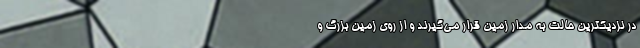
در نزدیکترین حالت به مدار زمین قرار می‌گیرند و از روی زمین بزرگ و